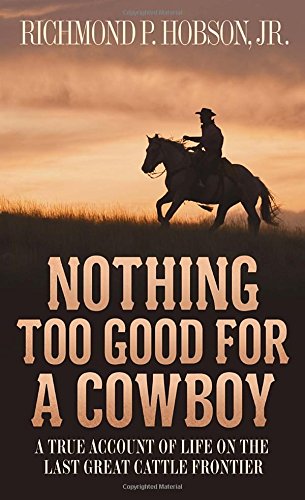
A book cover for Nothing Too Good for a Cowboy: A True Account of Life on the Last Great Cattle Frontier; Richmond P. Hobson; Biographies & Memoirs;